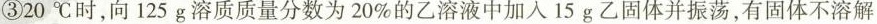
③20℃时，向125g溶质质量分数为20%的乙溶液中加入15g乙固体并振荡，有固体不溶解